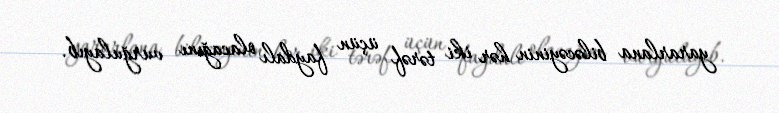
yararlana biləcəyinin hər iki tərəf üçün faydalı olacağını vurğulayıb.